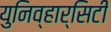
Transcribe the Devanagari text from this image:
युनिव्हार्सिटी